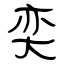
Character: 奕